Civil Veterinary Department Bengal reports 1933-51 - 1933-1951
Year: 1933
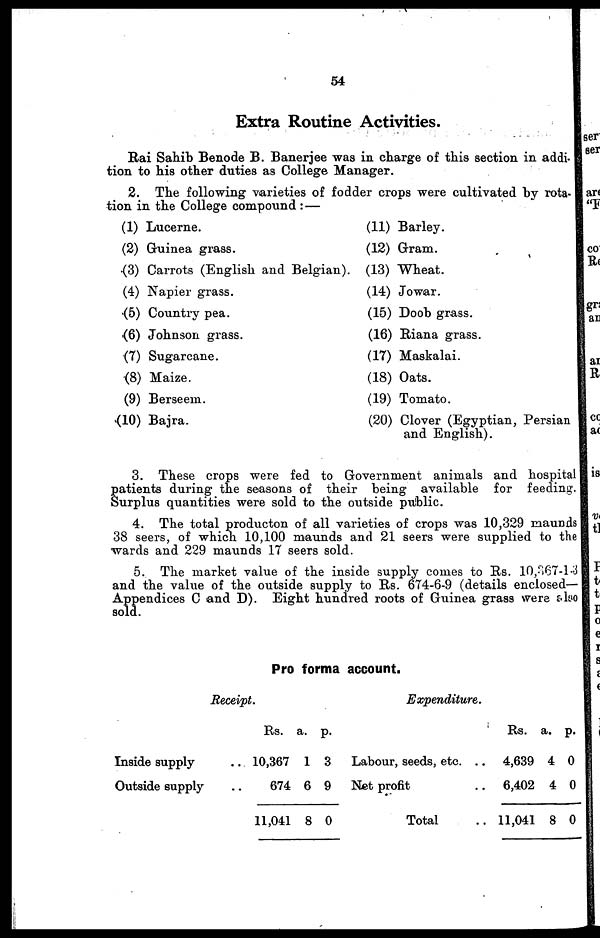
54
Extra Routine Activities.
Rai Sahib Benode B. Banerjee was in charge of this section in addi-
tion to his other duties as College Manager.
2. The following varieties of fodder crops were cultivated by rota-
tion in the College compound : —
(1) Lucerne.
(2) Guinea grass.
(3) Carrots (English and Belgian).
(4) Napier grass.
(5) Country pea.
(6) Johnson grass.
(7) Sugarcane.
(8) Maize.
(9) Berseem.
(10) Bajra.
(11) Barley.
(12) Gram.
(13) Wheat.
(14) Jowar.
(15) Doob grass.
(16) Riana grass.
(17) Maskalai.
(18) Oats.
(19) Tomato.
(20) Clover (Egyptian, Persian
and English).
3. These crops were fed to Government animals and hospital
patients during the seasons of their being available for feeding.
Surplus quantities were sold to the outside public.
4. The total producton of all varieties of crops was 10,329 maunds
38 seers, of which 10,100 maunds and 21 seers were supplied to the
wards and 229 maunds 17 seers sold.
5. The market value of the inside supply comes to Rs. 10,367-1-3
and the value of the outside supply to Rs. 674-6-9 (details enclosed—
Appendices C and D). Eight hundred roots of Guinea grass were also
sold.
Pro forma account.
Receipt.
Inside supply ..
Outside supply..
Rs.
10,367
674
11,041
a.
1
6
8
p.
3
9
0
Expenditure.
Labour, seeds, etc. ..
Net profit ..
Total
Rs.
4,639
6,402
11,041
a.
4
4
8
p.
0
0
0